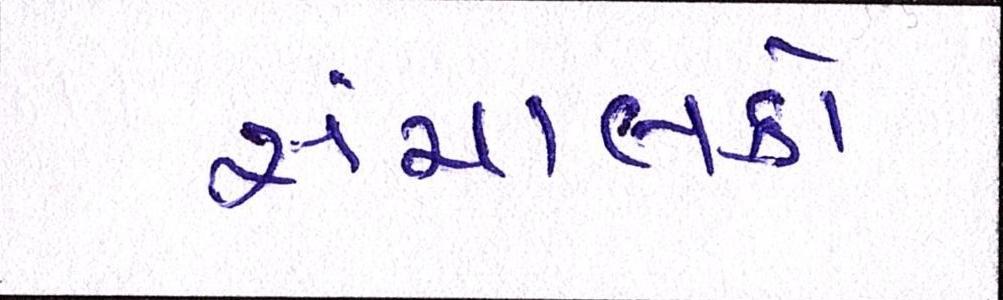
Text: સંચાલકો